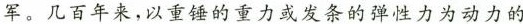
军。几百年来，以重锤的重力或发条的弹性力为动力的